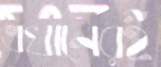
এখানেরই